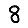
Digit: 8